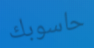
حاسوبك